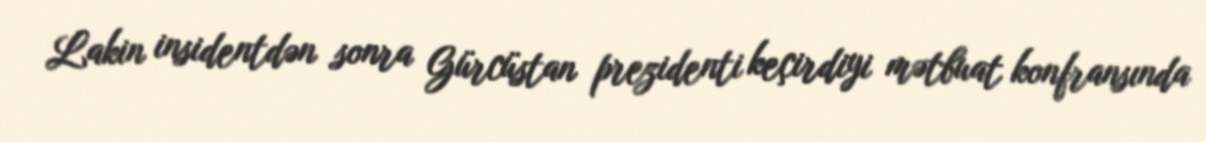
Lakin insidentdən sonra Gürcüstan prezidenti keçirdiyi mətbuat konfransında